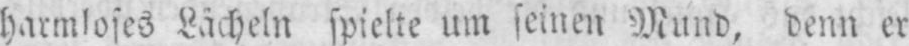
harmloses Lächeln spielte um seinen Mund, denn er